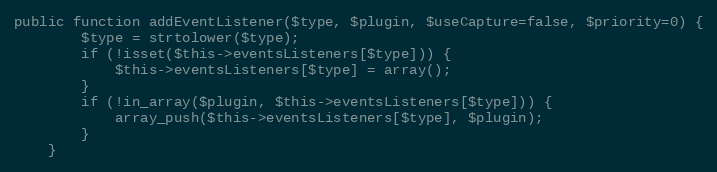
Language: PHP
public function addEventListener($type, $plugin, $useCapture=false, $priority=0) {
		$type = strtolower($type);
		if (!isset($this->eventsListeners[$type])) {
			$this->eventsListeners[$type] = array();
		}
		if (!in_array($plugin, $this->eventsListeners[$type])) {
			array_push($this->eventsListeners[$type], $plugin);
		}
	}